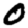
Digit: 0